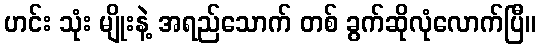
ဟင်း သုံး မျိုးနဲ့ အရည်သောက် တစ် ခွက်ဆိုလုံလောက်ပြီ။